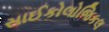
સાઈકોલોજિકલ